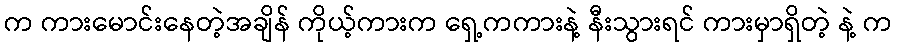
က ကားမောင်းနေတဲ့အချိန် ကိုယ့်ကားက ရှေ့ကကားနဲ့ နီးသွားရင် ကားမှာရှိတဲ့ နဲ့ က